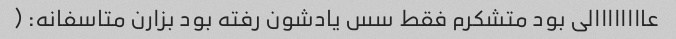
عاااااااالی بود متشکرم فقط سس یادشون رفته بود بزارن متاسفانه: (